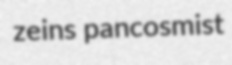
zeins pancosmist